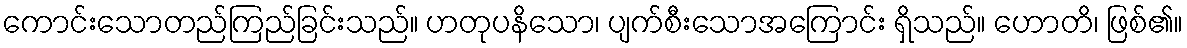
ကောင်းသောတည်ကြည်ခြင်းသည်။ ဟတုပနိသော၊ ပျက်စီးသောအကြောင်း ရှိသည်။ ဟောတိ၊ ဖြစ်၏။